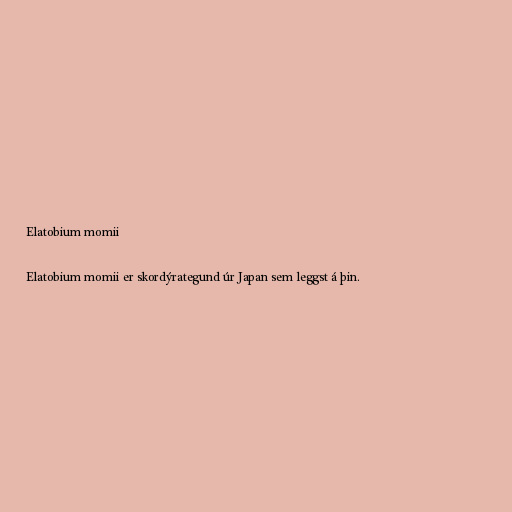
Elatobium momii

Elatobium momii er skordýrategund úr Japan sem leggst á þin.